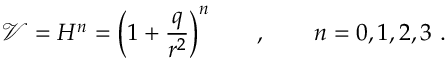
\mathcal { V } = H ^ { n } = \Big ( 1 + { \frac { q } { r ^ { 2 } } } \Big ) ^ { n } \qquad , \qquad n = 0 , 1 , 2 , 3 \ .